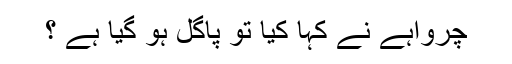
چرواہے نے کہا کیا تو پاگل ہو گیا ہے ؟